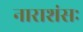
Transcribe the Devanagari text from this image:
नाराशंसः